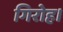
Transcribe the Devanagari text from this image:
गिरोह।